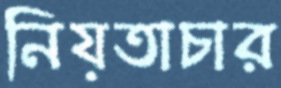
নিয়তাচার